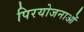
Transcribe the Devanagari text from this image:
पिरयोजनाओं